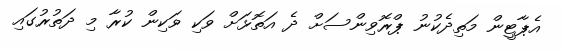
އެޕާޓީން މަތިދެކުނު ޕްރޮވިންސަށް ދެ އަތޮޅަށް ވަކި ވަކިން ކުރާ މި ދަތުރުގައި